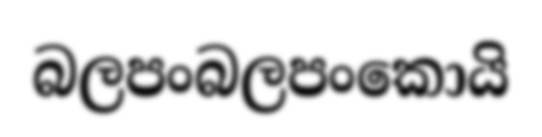
බලපංබලපංකොයි